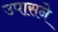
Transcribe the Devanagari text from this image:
उपासने